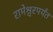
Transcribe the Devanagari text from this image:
रामेश्वरपर्यंत